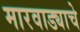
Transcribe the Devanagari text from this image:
मारवाड्याचे